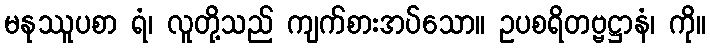
မနုဿူပစာ ရံ၊ လူတို့သည် ကျက်စားအပ်သော။ ဥပစရိတဗ္ဗဋ္ဌာနံ၊ ကို။